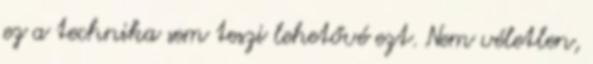
ez a technika sem teszi lehetővé ezt. Nem véletlen,